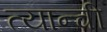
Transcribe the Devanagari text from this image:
त्यान्ची